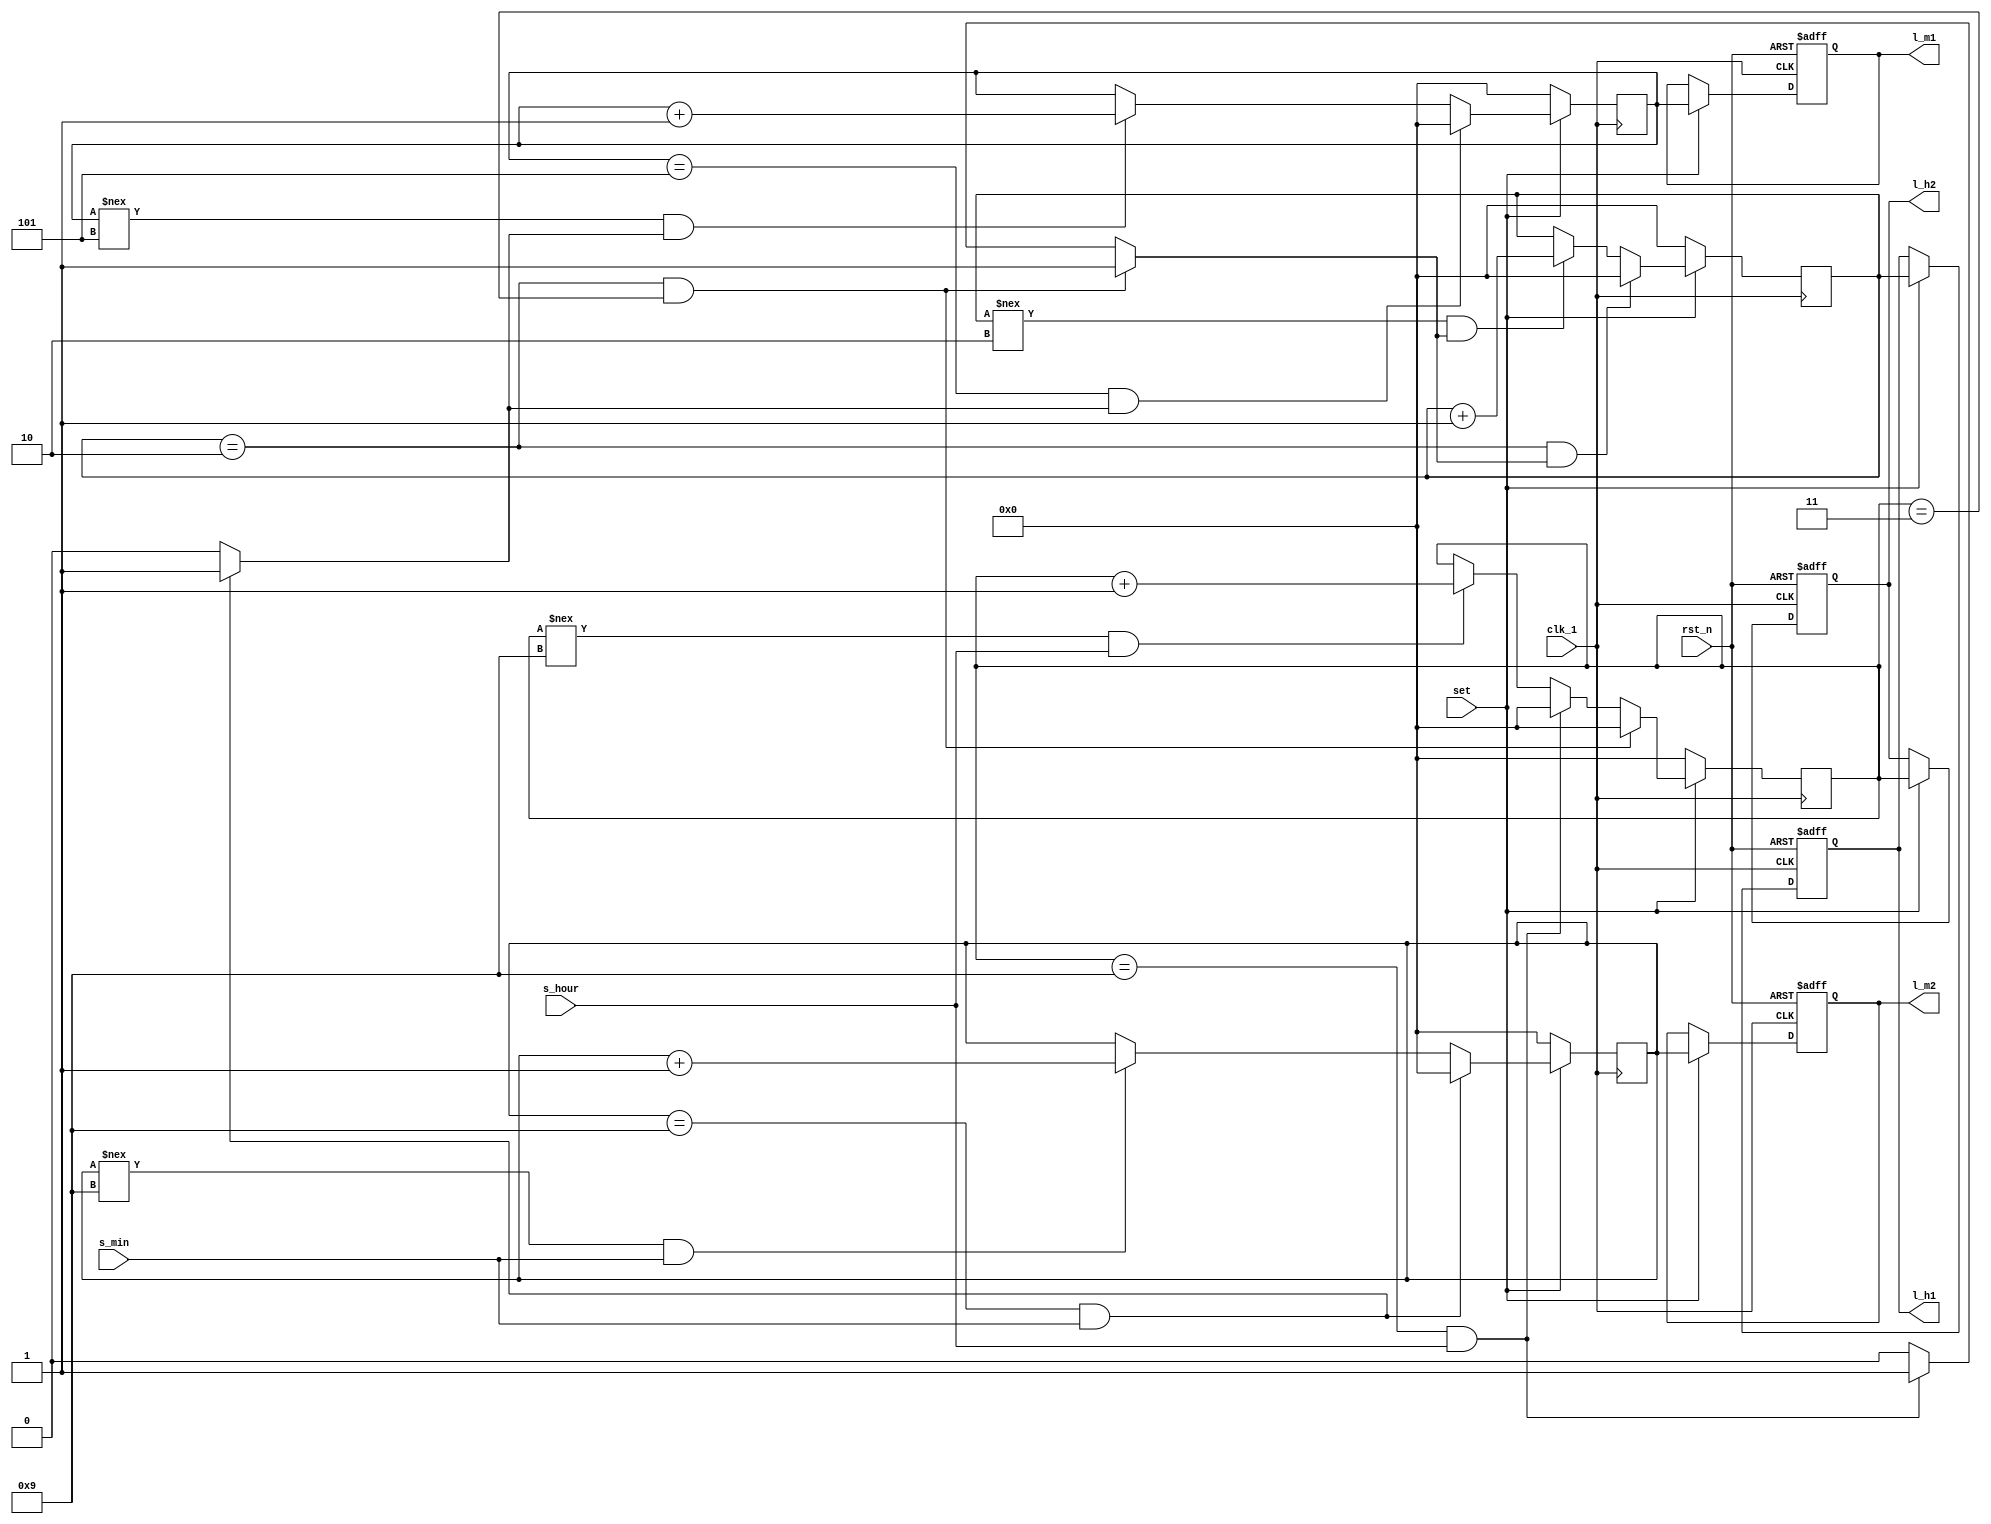
`define DISABLED 1'b0
`define ENABLED 1'b1


module lab7_2_set_time(
clk_1,
rst_n,
set,
s_hour,
s_min,
l_h1,
l_h2,
l_m1,
l_m2
);
input clk_1;
input rst_n;
input set;
input s_hour,s_min;
reg borrow1, borrow2, borrow3, borrow4;
reg [3:0] s_h1, s_h2, s_m1, s_m2;
reg [3:0] s_h1_tmp, s_h2_tmp, s_m1_tmp, s_m2_tmp;
output reg [3:0] l_h1, l_h2, l_m1, l_m2;
reg [3:0] l_h1_tmp, l_h2_tmp, l_m1_tmp, l_m2_tmp;

always @(posedge clk_1) 
if (~set) s_h1 <= 4'd0;
else s_h1 <= s_h1_tmp;

always @*
if (s_h1 == 4'd2 && borrow3) begin
s_h1_tmp = 4'd0;
borrow4 = `ENABLED; 
end
else if (s_h1 !== 4'd2 && borrow3) begin
s_h1_tmp = s_h1 + 4'd1;
borrow4 = `DISABLED; 
end
else begin
s_h1_tmp = s_h1; 
borrow4 = `DISABLED;
end



always @(posedge clk_1) 
if (~set) s_h2 <= 4'd0;
else s_h2 <= s_h2_tmp;

always @*
if((s_h1==2)&&(s_h2==3)) begin
s_h2_tmp = 4'd0;
borrow3 = `ENABLED; 
end
else if (s_h2 == 4'd9 && s_hour) begin
s_h2_tmp = 4'd0;
borrow3 = `ENABLED; 
end
else if (s_h2 !== 4'd9 && s_hour) begin
s_h2_tmp = s_h2 + 4'd1;
borrow3 = `DISABLED; 
end
else begin
s_h2_tmp = s_h2; 
borrow3 = `DISABLED;
end


always @(posedge clk_1) 
if (~set) s_m1 <= 4'd0;
else s_m1 <= s_m1_tmp;


always @*
if (s_m1 == 4'd5 && borrow1) begin
s_m1_tmp = 4'd0;
borrow2 = `ENABLED; 
end
else if (s_m1 !== 4'd5 && borrow1) begin
s_m1_tmp = s_m1 + 4'd1;
borrow2 = `DISABLED; 
end
else begin
s_m1_tmp = s_m1; 
borrow2 = `DISABLED;
end


always @(posedge clk_1) 
if (~set) s_m2 <= 4'd0;
else s_m2 <= s_m2_tmp;

always @*
if (s_m2 == 4'd9 && s_min) begin
s_m2_tmp = 4'd0;
borrow1 = `ENABLED; 
end
else if (s_m2 !== 4'd9 && s_min) begin
s_m2_tmp = s_m2 + 4'd1;
borrow1 = `DISABLED; 
end
else begin
s_m2_tmp = s_m2; 
borrow1 = `DISABLED;
end

always @(posedge clk_1 or negedge rst_n) 
if (~rst_n) begin
l_h1 <= 4'd0;
l_h2 <= 4'd0;
l_m1 <= 4'd0;
l_m2 <= 4'd0;
end
else begin
l_h1 <= l_h1_tmp;
l_h2 <= l_h2_tmp;
l_m1 <= l_m1_tmp;
l_m2 <= l_m2_tmp;
end

always @* 
if (set==1) begin
l_h1_tmp = s_h1;
l_h2_tmp = s_h2;
l_m1_tmp = s_m1;
l_m2_tmp = s_m2;
end
else  begin
l_h1_tmp = l_h1;
l_h2_tmp = l_h2;
l_m1_tmp = l_m1;
l_m2_tmp = l_m2;
end


endmodule